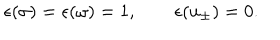
LaTeX: \epsilon ( \sigma ) = \epsilon ( \omega ) = 1 , \qquad \epsilon ( u _ { \pm } ) = 0 .